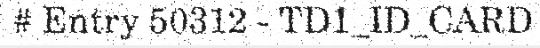
# Entry 50312 - TD1_ID_CARD